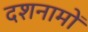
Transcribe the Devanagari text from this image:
दशनामों